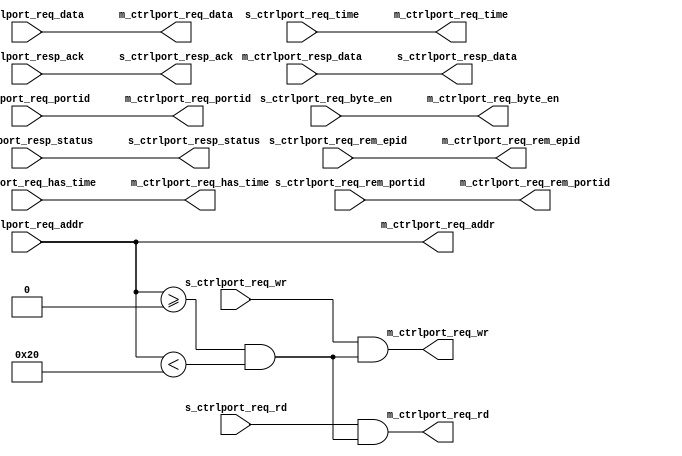
//
// Copyright 2021 Ettus Research, a National Instruments Brand
//
// SPDX-License-Identifier: LGPL-3.0-or-later
//
// Module: ctrlport_window
//
// Description:
//   Copy requests from slave to master interface when s_ctrlport_req_addr is in
//   address range specified by BASE_ADDRESS and WINDOW_SIZE. The modules does
//   not use any registers and therefore does not need ctrlport_clk and
//   ctrlport_rst.
//

`default_nettype none

module ctrlport_window #(
  parameter BASE_ADDRESS = 0,
  parameter WINDOW_SIZE  = 32
) (
  // Slave Interface
  input  wire        s_ctrlport_req_wr,
  input  wire        s_ctrlport_req_rd,
  input  wire [19:0] s_ctrlport_req_addr,
  input  wire [ 9:0] s_ctrlport_req_portid,
  input  wire [15:0] s_ctrlport_req_rem_epid,
  input  wire [ 9:0] s_ctrlport_req_rem_portid,
  input  wire [31:0] s_ctrlport_req_data,
  input  wire [ 3:0] s_ctrlport_req_byte_en,
  input  wire        s_ctrlport_req_has_time,
  input  wire [63:0] s_ctrlport_req_time,
  output wire        s_ctrlport_resp_ack,
  output wire [ 1:0] s_ctrlport_resp_status,
  output wire [31:0] s_ctrlport_resp_data,

  // Master Interface
  output wire        m_ctrlport_req_wr,
  output wire        m_ctrlport_req_rd,
  output wire [19:0] m_ctrlport_req_addr,
  output wire [ 9:0] m_ctrlport_req_portid,
  output wire [15:0] m_ctrlport_req_rem_epid,
  output wire [ 9:0] m_ctrlport_req_rem_portid,
  output wire [31:0] m_ctrlport_req_data,
  output wire [ 3:0] m_ctrlport_req_byte_en,
  output wire        m_ctrlport_req_has_time,
  output wire [63:0] m_ctrlport_req_time,
  input  wire        m_ctrlport_resp_ack,
  input  wire [ 1:0] m_ctrlport_resp_status,
  input  wire [31:0] m_ctrlport_resp_data
);

  // Mask write and read flag
  wire address_in_range = (s_ctrlport_req_addr >= BASE_ADDRESS) && (s_ctrlport_req_addr < BASE_ADDRESS + WINDOW_SIZE);
  assign m_ctrlport_req_wr = s_ctrlport_req_wr & address_in_range;
  assign m_ctrlport_req_rd = s_ctrlport_req_rd & address_in_range;

  // Forward all other signals untouched.
  assign m_ctrlport_req_addr       = s_ctrlport_req_addr;
  assign m_ctrlport_req_portid     = s_ctrlport_req_portid;
  assign m_ctrlport_req_rem_epid   = s_ctrlport_req_rem_epid;
  assign m_ctrlport_req_rem_portid = s_ctrlport_req_rem_portid;
  assign m_ctrlport_req_data       = s_ctrlport_req_data;
  assign m_ctrlport_req_byte_en    = s_ctrlport_req_byte_en;
  assign m_ctrlport_req_has_time   = s_ctrlport_req_has_time;
  assign m_ctrlport_req_time       = s_ctrlport_req_time;

  assign s_ctrlport_resp_ack    = m_ctrlport_resp_ack;
  assign s_ctrlport_resp_status = m_ctrlport_resp_status;
  assign s_ctrlport_resp_data   = m_ctrlport_resp_data;

endmodule

`default_nettype wire